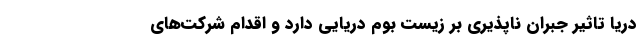
دریا تاثیر جبران ناپذیری بر زیست بوم دریایی دارد و اقدام‌ شرکت‌های